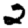
Digit: 2